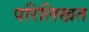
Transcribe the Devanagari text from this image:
परिलिखत